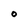
Character: O